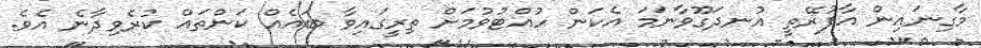
މާގިނައިން އާފުރޭތީ އުނދަގޫވާނަމަ އެކަން ހުއްޓުވުމަށް ތިރީގައިވާ ބައެއް ކަންތައް ކުރެވިދާނެ އެވެ.